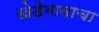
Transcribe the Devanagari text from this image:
खेडेगावाचा